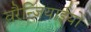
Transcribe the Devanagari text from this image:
वरैन्जियाईयों